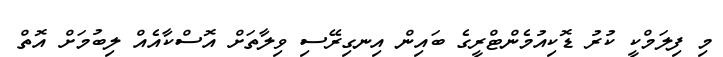
މި ފިލަމްކީ ކުރު ޑޮކިއުމެންޓްރީގެ ބައިން އިނގިރޭސި ވިލާތަށް އޮސްކާއެއް ލިބުމަށް އޮތް